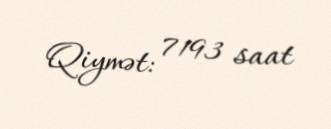
Qiymət: 7193 saat